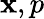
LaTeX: \mathbf{x},p